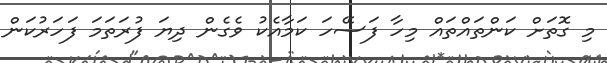
މި ގޮތަށް ކަންތައްތައް މިހާ ފަސޭހަ ކަމާއެކު ވެގެން ދިޔަ ފުރަތަމަ ފަހަރުކަން